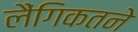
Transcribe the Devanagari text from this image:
लैंगिकतने